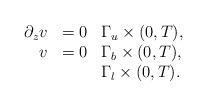
LaTeX: \begin{align*} \begin{array}{rll}\partial_{z} v & = 0 & \Gamma_u\times(0,T), \\v &= 0 & \Gamma_b\times(0,T), \\& & \Gamma_l\times(0,T). \\\end{array}\end{align*}